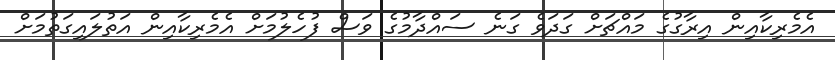
އެމެރިކާއިން އިރާގުގެ މައްޗަށް ގަދަވެ ގަނެ ސައްދާމުގެ ވަސް ފުހެލުމަށް އެމެރިކާއިން އަތުލައިގަތުމަށް